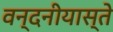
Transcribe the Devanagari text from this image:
वन्दनीयास्ते